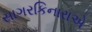
સાગરકિનારાએ